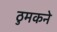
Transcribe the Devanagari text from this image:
ठुमकने